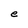
Character: e